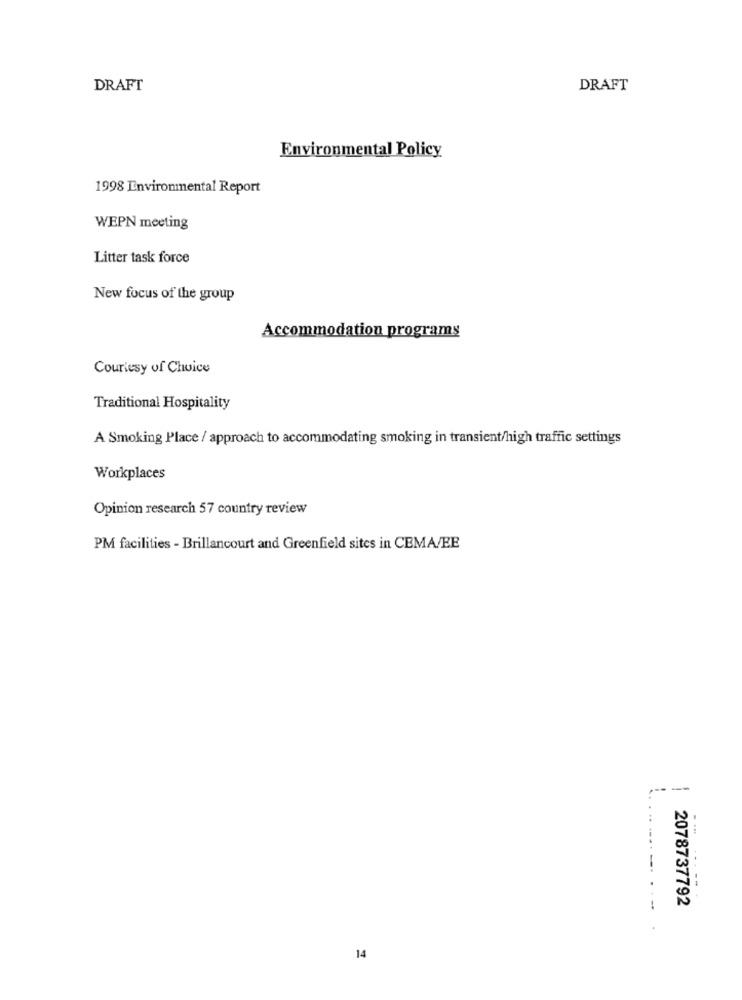
DRAFT
DRAFT
Environmental Policy
1998 Environmental Report
WEPN meeting
Litter task force
New focus of the group
Accommodation programs
Courtesy of Choice
Traditional Hospitality
A Smoking Place / approach to accommodating smoking in transient/high traffic settings
Workplaces
Opinion research 57 country review
PM facilities - Brillancourt and Greenfield sites in CEMA/EE
----
-----
2078737792
14